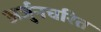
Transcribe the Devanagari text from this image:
अर्जुनचरित